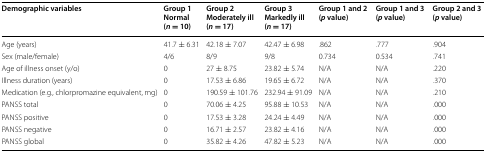
<table><thead><tr><td><b>Demographic variables</b></td><td><b>Group 1Normal(<i>n</i> = 10)</b></td><td><b>Group 2Moderately ill(<i>n</i> = 17)</b></td><td><b>Group 3Markedly ill(<i>n</i> = 17)</b></td><td><b>Group 1 and 2(<i>p</i> value)</b></td><td><b>Group 1 and 3(<i>p</i> value)</b></td><td><b>Group 2 and 3(<i>p</i> value)</b></td></tr></thead><tbody><tr><td>Age (years)</td><td>41.7 ± 6.31</td><td>42.18 ± 7.07</td><td>42.47 ± 6.98</td><td>.862</td><td>.777</td><td>.904</td></tr><tr><td>Sex (male/female)</td><td>4/6</td><td>8/9</td><td>9/8</td><td>0.734</td><td>0.534</td><td>.741</td></tr><tr><td>Age of illness onset (y/o)</td><td>0</td><td>27 ± 8.75</td><td>23.82 ± 5.74</td><td>N/A</td><td>N/A</td><td>.220</td></tr><tr><td>Illness duration (years)</td><td>0</td><td>17.53 ± 6.86</td><td>19.65 ± 6.72</td><td>N/A</td><td>N/A</td><td>.370</td></tr><tr><td>Medication (e.g., chlorpromazine equivalent, mg)</td><td>0</td><td>190.59 ± 101.76</td><td>232.94 ± 91.09</td><td>N/A</td><td>N/A</td><td>.210</td></tr><tr><td>PANSS total</td><td>0</td><td>70.06 ± 4.25</td><td>95.88 ± 10.53</td><td>N/A</td><td>N/A</td><td>.000</td></tr><tr><td>PANSS positive</td><td>0</td><td>17.53 ± 3.28</td><td>24.24 ± 4.49</td><td>N/A</td><td>N/A</td><td>.000</td></tr><tr><td>PANSS negative</td><td>0</td><td>16.71 ± 2.57</td><td>23.82 ± 4.16</td><td>N/A</td><td>N/A</td><td>.000</td></tr><tr><td>PANSS global</td><td>0</td><td>35.82 ± 4.26</td><td>47.82 ± 5.23</td><td>N/A</td><td>N/A</td><td>.000</td></tr></tbody></table>